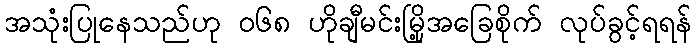
အသုံးပြုနေသည်ဟု ၀၆၈ ဟိုချီမင်းမြို့အခြေစိုက် လုပ်ခွင့်ရရန်